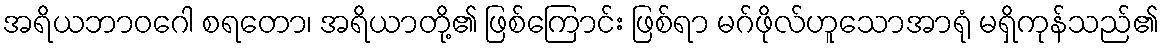
အရိယဘာဝဂေါ စရတော၊ အရိယာတို့၏ ဖြစ်ကြောင်း ဖြစ်ရာ မဂ်ဖိုလ်ဟူသောအာရုံ မရှိကုန်သည်၏